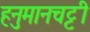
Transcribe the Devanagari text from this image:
हनुमानचट्टी